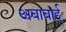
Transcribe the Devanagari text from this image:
अबाबाई